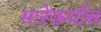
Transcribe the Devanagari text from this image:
मारेकर्यास